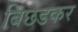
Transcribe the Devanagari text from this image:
बिछडकर